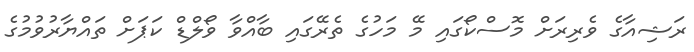
ރަޝިއާގެ ވެރިރަށް މޮސްކޯގައި މޭ މަހުގެ ތެރޭގައި ބާއްވާ ވޯލްޑް ކަޕަށް ތައްޔާރުވުމުގެ